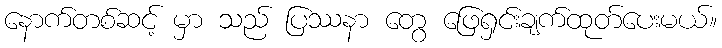
နောက်တစ်ဆင့် မှာ သည် ပြဿနာ တွေ ဖြေရှင်းချက်ထုတ်ပေးမယ်။